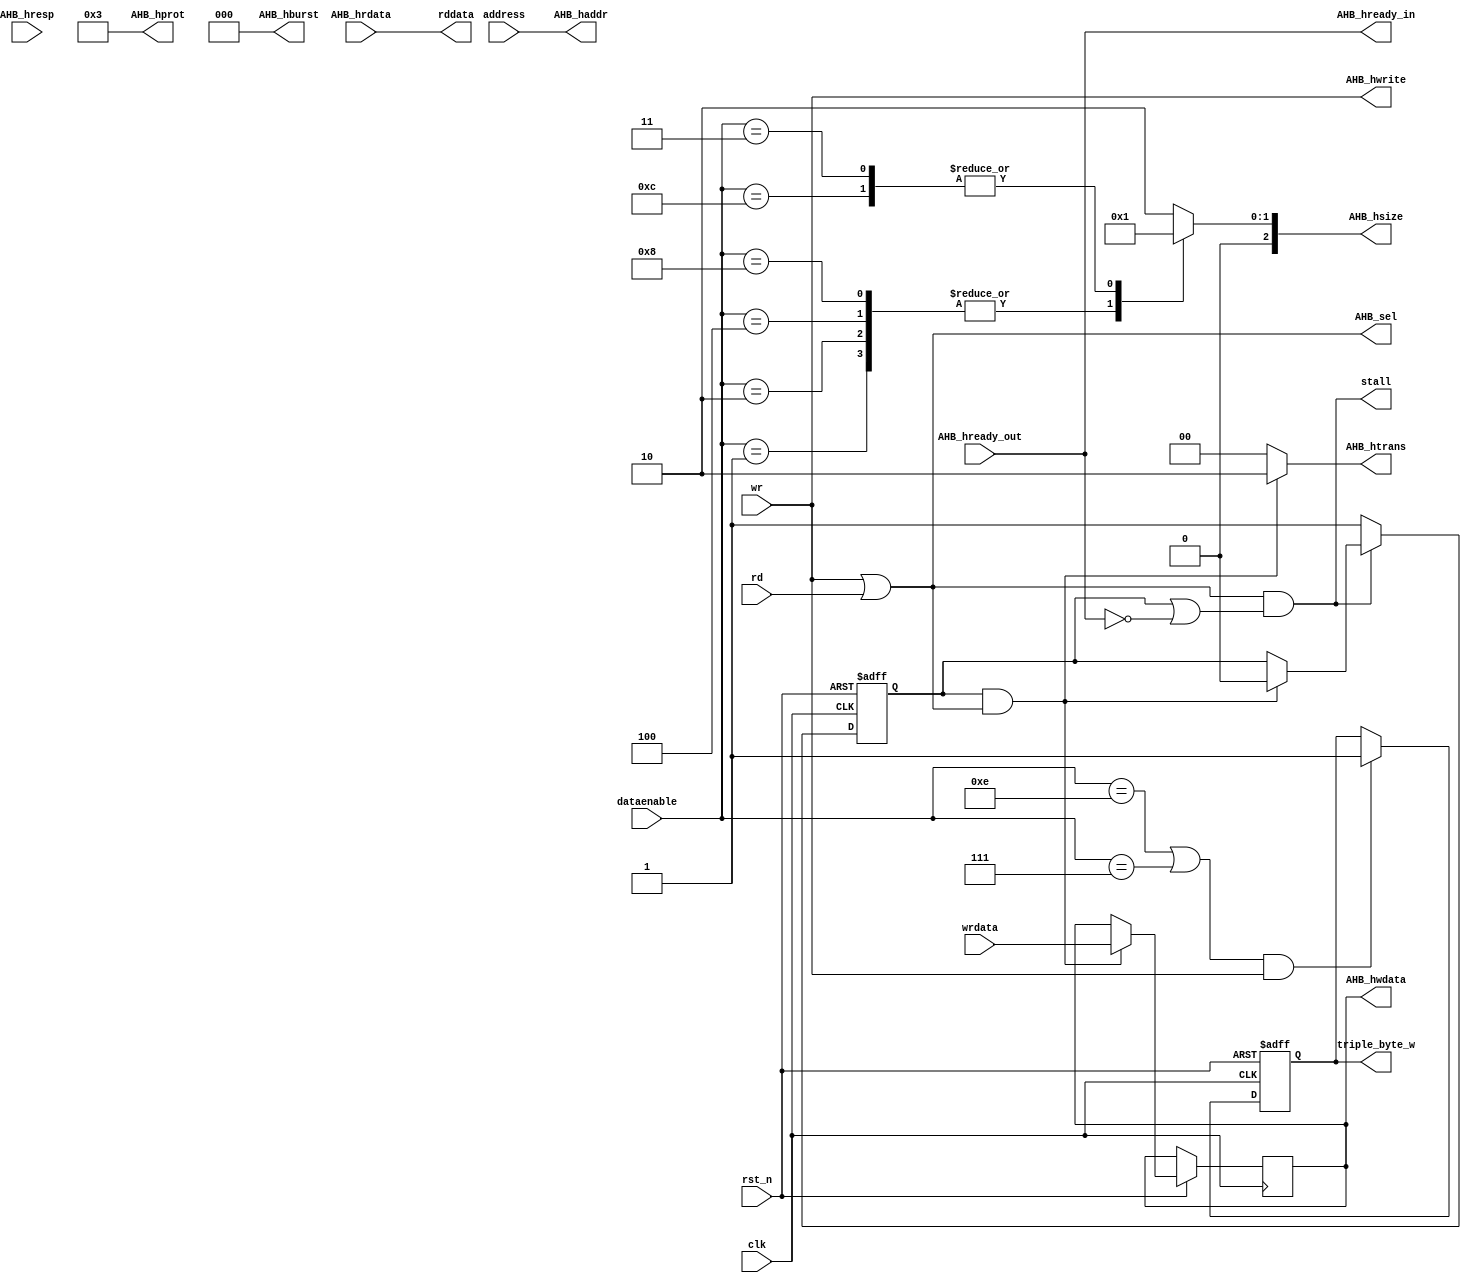
`default_nettype none
module ahb_adapter (
/*autoport*/
//output
                  rddata,
                  stall,
                  AHB_haddr,
                  AHB_hburst,
                  AHB_hprot,
                  AHB_hready_in,
                  AHB_hsize,
                  AHB_htrans,
                  AHB_hwdata,
                  AHB_hwrite,
                  AHB_sel,
                  triple_byte_w,
//input
                  clk,
                  rst_n,
                  dataenable,
                  rd,
                  wr,
                  address,
                  wrdata,
                  AHB_hrdata,
                  AHB_hready_out,
                  AHB_hresp);

input wire clk;    // Clock
input wire rst_n;  // Asynchronous reset active low

input wire[3:0] dataenable;
input wire rd;
input wire wr;
input wire[31:0] address;
input wire[31:0] wrdata;
output wire[31:0] rddata;
output wire stall;

wire issue = wr|rd;

input wire [31:0]AHB_hrdata;
input wire AHB_hready_out;
input wire AHB_hresp;

output wire [31:0]AHB_haddr;
output wire [2:0]AHB_hburst;
output wire [3:0]AHB_hprot;
output wire AHB_hready_in;
output reg [2:0]AHB_hsize;
output wire [1:0]AHB_htrans;
output reg [31:0]AHB_hwdata;
output wire AHB_hwrite;
output wire AHB_sel;

output reg triple_byte_w;

reg first_cycle;

assign AHB_haddr = address;
assign AHB_hburst = 3'b000;
assign AHB_hprot = 4'b0011;
assign AHB_hready_in = AHB_hready_out;
assign AHB_htrans = (first_cycle & issue) ? 2'b10 : 2'b00;
assign AHB_hwrite = wr;
assign AHB_sel = issue;
assign rddata = AHB_hrdata;

always @(*) begin
      case (dataenable)
      4'b1000,
      4'b0100,
      4'b0010,
      4'b0001: begin 
            AHB_hsize = 3'b0;
      end
      4'b0011,
      4'b1100: begin 
            AHB_hsize = 3'b1;
      end
      default: begin 
            AHB_hsize = 3'b10;
      end
      endcase

end

always @(posedge clk or negedge rst_n) begin : proc_bridge
      if(~rst_n) begin
            first_cycle <= 1'b1;
      end else begin
            if(issue & first_cycle)begin 
                  first_cycle <= 0;
                  AHB_hwdata <= wrdata;
            end
            if(~stall) begin 
                  first_cycle <= 1;
            end
      end
end

assign stall = issue & (first_cycle|~AHB_hready_out);

always @(posedge clk or negedge rst_n) begin : proc_triple_byte_w
      if(~rst_n) begin
            triple_byte_w <= 1'b0;
      end else if((dataenable==4'b1110 || dataenable==4'b0111) && wr) begin
            triple_byte_w <= 1'b1;
      end
end

endmodule
`default_nettype wire